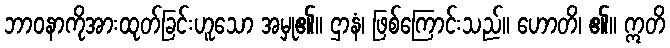
ဘာဝနာကိုအားထုတ်ခြင်းဟူသော အမှု၏။ ဌာနံ၊ ဖြစ်ကြောင်းသည်။ ဟောတိ၊ ၏။ ဣတိ